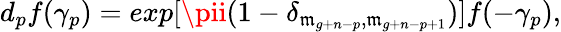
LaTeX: d_{p}f(\gamma_{p})=exp[\pii(1-\delta_{\mathfrak{m}_{g+n-p},\mathfrak{m}_{g+n-p+1}})]f(-\gamma_{p}),